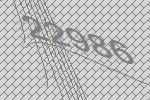
22986